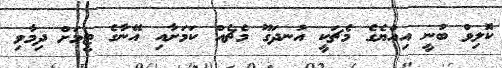
ކޮލިވް ބުނީ އިއްޔެގެ މެޗަކީ އުނދަގޫ މެޗެއް ކަމަށާއި އޭނާގެ ޓީމަށް ދިމާވި